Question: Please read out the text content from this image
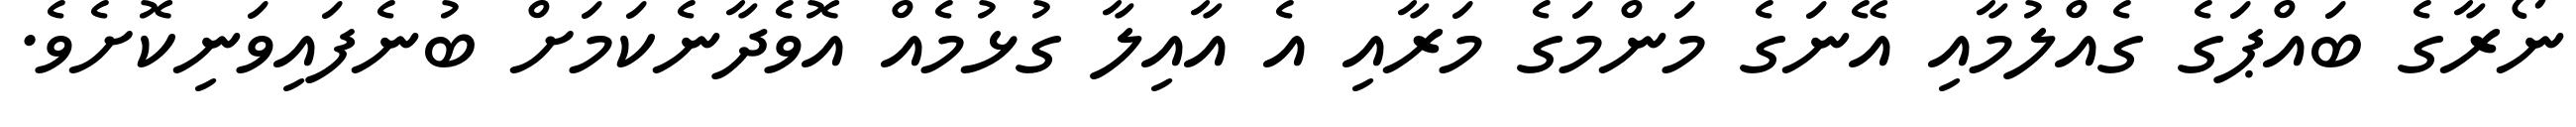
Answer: ނޯރާގެ ބައްޕަގެ ގެއްލުމާއި އޭނަގެ މަންމަގެ މަރާއި އެ އާއިލާ ގުޅުމެއް އޮވެދާނެކަމަށް ބުނެފައިވަނިކޮށެވެ.